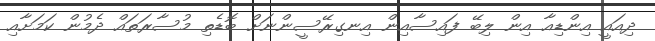
ދިއައީ އިންޑިއާ އިން ލިބޭ ފައިސާއިން އިނގިރޭސީންނަށް ބޮޑެތި މުސާރަތައް ދެމުން ކަމަށާއި